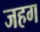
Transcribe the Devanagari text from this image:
जहग